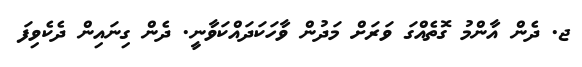
ޖ. ދެން އާންމު ގޮތެއްގަ ވަރަށް މަދުން ވާހަކަދައްކަވާނީ. ދެން ގިނައިން ދެކެވިފަ